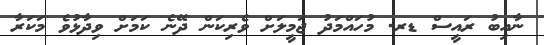
ނާއިބު ރައީސް ޑރ. މުހައްމަދު ޖަމީލަށް ވެރިކަން ދޭނެ ކަމަށް ވިދާޅުވެ މަކަރާ